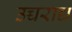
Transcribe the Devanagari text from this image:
उच्चराद्य